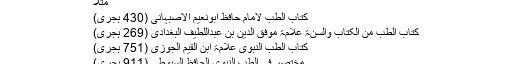
مثلاً
کتاب الطب لامام حافظ ابونعیم الاصبہانی (430 ہجری)
کتاب الطب من الکتاب والسنۃ علامۃ موفق الدین بن عبداللطیف البغدادی (269 ہجری)
کتاب الطب النبوی علامۃ ابن القیم الجوزی (751 ہجری)
مختصر فی الطب النبوی الحافظ السیوطی (911 ہجری)